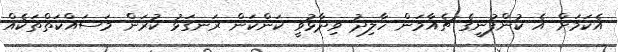
އެކަމަށް އެ ކުންފުނީގެ ޗެއާމަން ހާލިދު ވިދާޅުވީ ކަންކަން ރަނގަޅު ކުރަން މަސައްކަތްތަކެއް